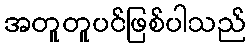
အတူတူပင်ဖြစ်ပါသည်